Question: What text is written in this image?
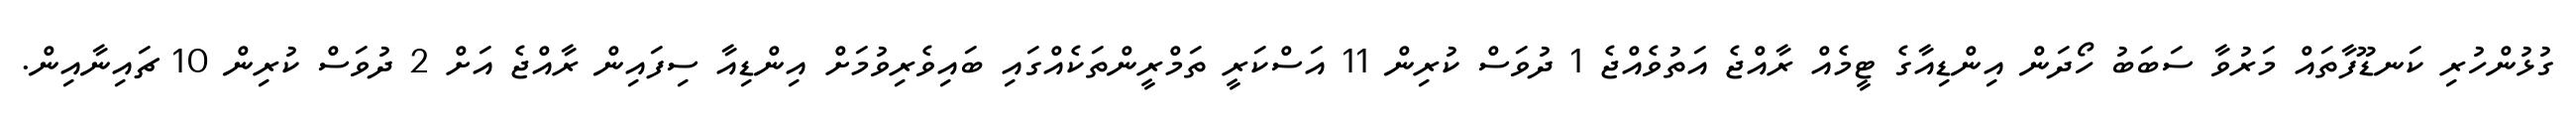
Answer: ގުޅުންހުރި ކަނޑޫފާތައް މަރުވާ ސަބަބު ހޯދަން އިންޑިއާގެ ޓީމެއް ރާއްޖެ އަތުވެއްޖެ 1 ދުވަސް ކުރިން 11 އަސްކަރީ ތަމްރީންތަކެއްގައި ބައިވެރިވުމަށް އިންޑިއާ ސިފައިން ރާއްޖެ އަށް 2 ދުވަސް ކުރިން 10 ޗައިނާއިން.